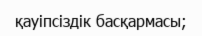
қауіпсіздік басқармасы;